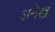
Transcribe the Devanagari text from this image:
अनेख